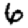
Digit: 6